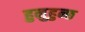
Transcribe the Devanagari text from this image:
हुनुहुन्छ